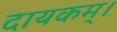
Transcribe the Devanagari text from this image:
दायकम्।